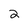
Character: 2